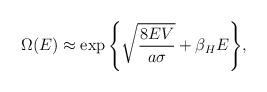
LaTeX: \begin{align*}\Omega(E) \approx\exp{\left\{\sqrt{8EV\over a\sigma}+\beta_H E\right\}},\end{align*}